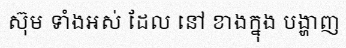
ស៊ុម ទាំងអស់ ដែល នៅ ខាងក្នុង បង្ហាញ